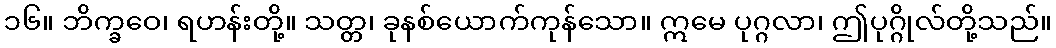
၁၆။ ဘိက္ခဝေ၊ ရဟန်းတို့။ သတ္တ၊ ခုနစ်ယောက်ကုန်သော။ ဣမေ ပုဂ္ဂလာ၊ ဤပုဂ္ဂိုလ်တို့သည်။